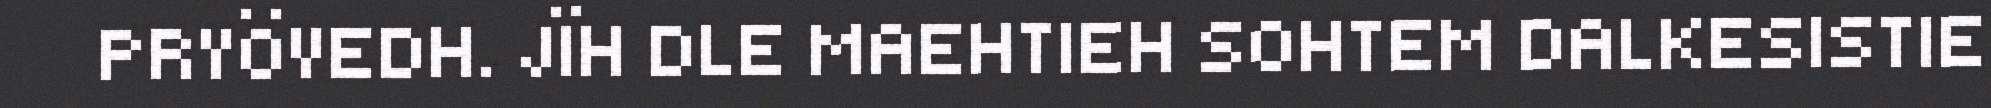
PRYÖVEDH. JÏH DLE MAEHTIEH SOHTEM DALKESISTIE